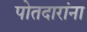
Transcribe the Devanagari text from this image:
पोतदारांना